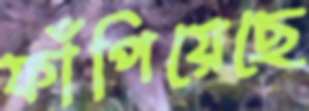
ফাঁপিয়েছে